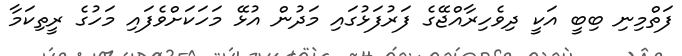
ފަތްމިނި ބިބީ އަކީ ދިވެހިރާއްޖޭގެ ފަރުފަޅުގައި މަދުން އުޅޭ މަހަކަށްވެފައި މަހުގެ ރީތިކަމާ